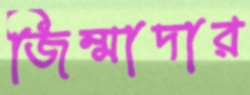
জিম্মাদার